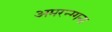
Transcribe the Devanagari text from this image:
अमरन्ग्गना